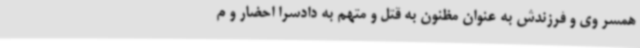
همسر وی و فرزندش به عنوان مظنون به قتل و متهم به دادسرا احضار و م